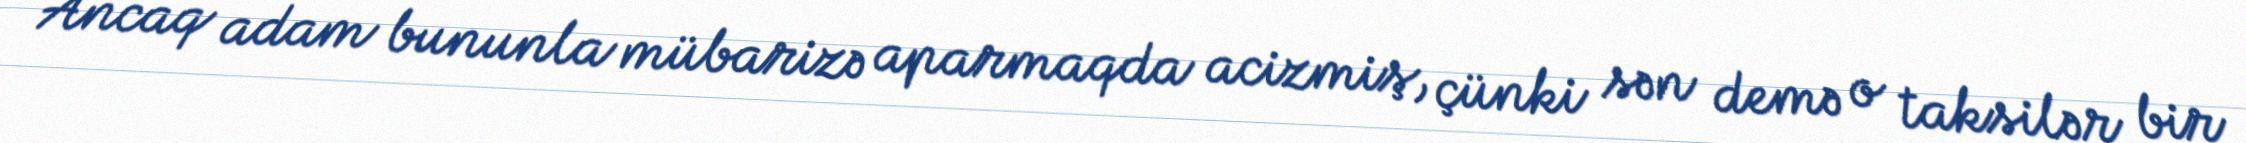
Ancaq adam bununla mübarizə aparmaqda acizmiş, çünki sən demə o taksilər bir